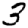
Digit: 3